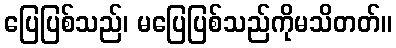
ပြေပြစ်သည်၊ မပြေပြစ်သည်ကိုမသိတတ်။